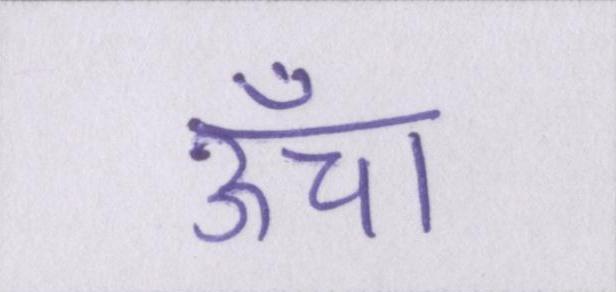
ऊँचा